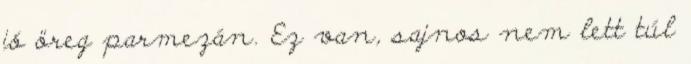
jó öreg parmezán. Ez van, sajnos nem lett túl